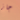
جاز